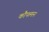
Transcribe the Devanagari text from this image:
कौफमन